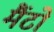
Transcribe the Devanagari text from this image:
मैंटो